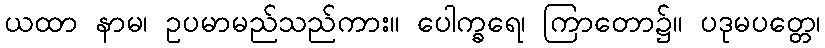
ယထာ နာမ၊ ဥပမာမည်သည်ကား။ ပေါက္ခရေ၊ ကြာတော၌။ ပဒုမပတ္တေ၊